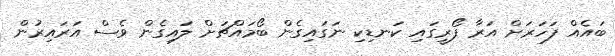
ބައެއް ފަހަރަށް އަރާ ފޯރީގައި ކަނޑިކި ނަގައިގެން ބޯމައްޗަށް ލައިގެން ވެސް އަރައިރުން